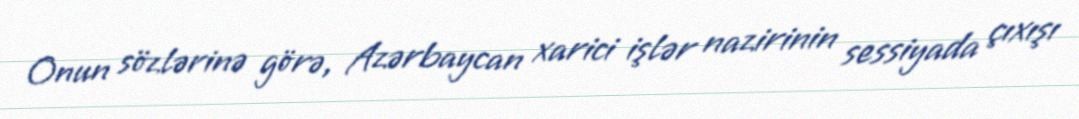
Onun sözlərinə görə, Azərbaycan xarici işlər nazirinin sessiyada çıxışı